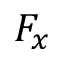
F _ { x }